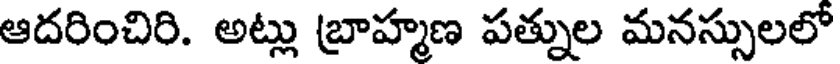
ఆదరించిరి. అట్లు బ్రాహ్మణ పత్నుల మనస్సులలో